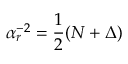
\alpha _ { r } ^ { - 2 } = \frac { 1 } { 2 } ( N + \Delta )